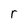
Character: r